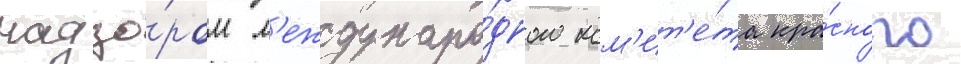
надзо́ром м'еждунаро́дного ком'ит'е́та кра́сного